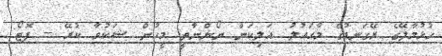
ހުޅުމާލޭގެ ރޭގަނޑުގެ މާހައުލު: އަލިކަން ނޯންނާތީ މީހުން ޝަކުވާ ކުރޭ -- ފޮޓޯ: